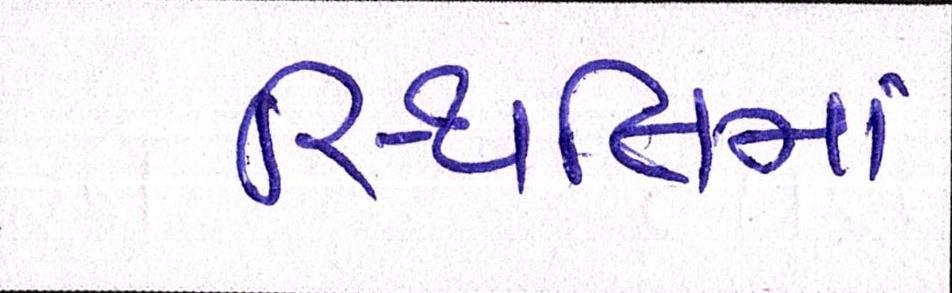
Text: સ્થિતિમાં